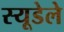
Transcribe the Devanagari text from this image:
स्यूडेले